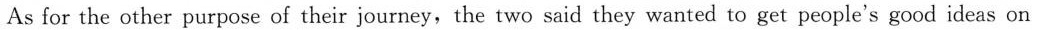
As for the other purpose of their journey,the two said they wanted to get people's good ideas on